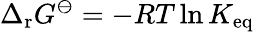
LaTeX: \Delta_{\mathrm{r}}G^{\ominus}=-RT\ln K_{\mathrm{eq}}